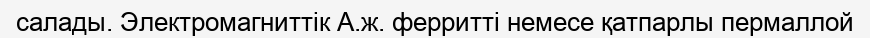
салады. Электромагниттік А.ж. ферритті немесе қатпарлы пермаллой